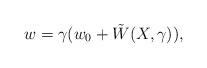
LaTeX: \begin{align*}w=\gamma (w_0 + \tilde W(X, \gamma)),\end{align*}